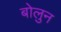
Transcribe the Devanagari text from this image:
बोलुन